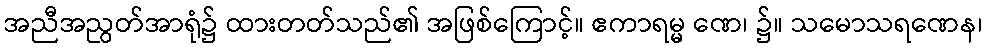
အညီအညွတ်အာရုံ၌ ထားတတ်သည်၏ အဖြစ်ကြောင့်။ ဧကာရမ္မ ဏေ၊ ၌။ သမောသရဏေန၊